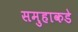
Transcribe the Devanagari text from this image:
समुहाकडे